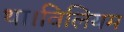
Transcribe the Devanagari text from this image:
था।विलियम